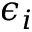
\epsilon _ { i }